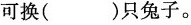
可换( )只兔子。